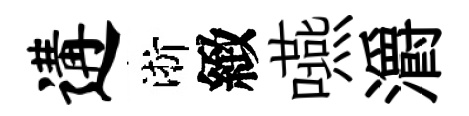
遘淅緻嚥灂